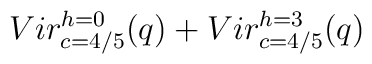
{ Vir_{c=4/5}^{h=0}(q) + Vir_{c=4/5}^{h=3}(q) }